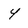
Character: 4